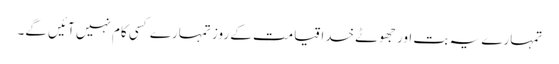
تمہارے یہ بت اور جھوٹے خدا قیامت کے روز تمہارے کسی کام نہیں آئیں گے۔